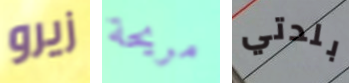
زيرو مريحة بلدتي